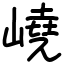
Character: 嶢